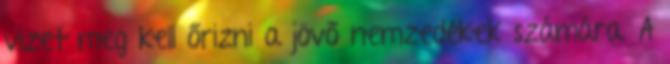
vizet meg kell őrizni a jövő nemzedékek számára. A